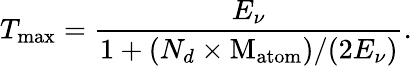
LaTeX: T_{\mathrm{max}}=\frac{E_{\nu}}{1+(N_{d}\times\mathrm{M_{atom}})/(2E_{\nu})}.